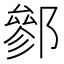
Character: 𨝐